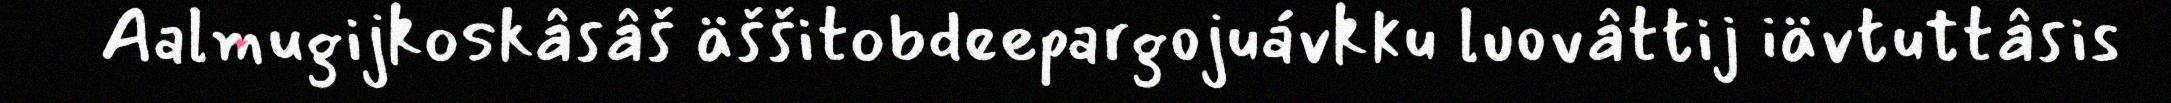
Aalmugijkoskâsâš äššitobdeepargojuávkku luovâttij iävtuttâsis